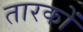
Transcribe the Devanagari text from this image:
तारकों